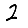
Digit: 2